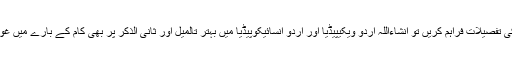
اگر آپ اپنا نام اور ربط کی تفصیلات فراہم کریں تو انشاءاللہ اردو ویکیپیڈیا اور اردو انسائیکوپیڈیا میں بہتر تالمیل اور ثانی الذکر پر بھی کام کے بارے میں غوروفکر کی جا سکتی ہے۔